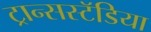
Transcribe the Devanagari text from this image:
ट्रान्सस्टॅडिया